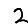
Digit: 2